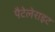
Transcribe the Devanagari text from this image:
पैटेलेराइट